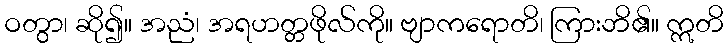
ဝတွာ၊ ဆို၍။ အညံ၊ အရဟတ္တဖိုလ်ကို။ ဗျာကရောတိ၊ ကြားဘိ၏။ ဣတိ